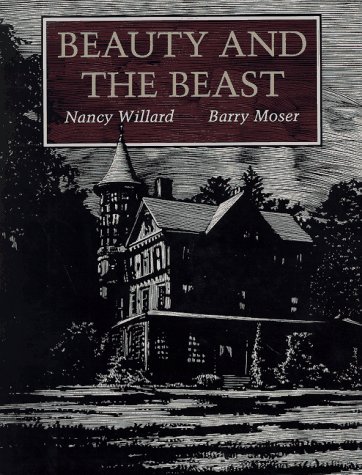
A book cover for Beauty and the Beast; Nancy Willard; Children's Books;